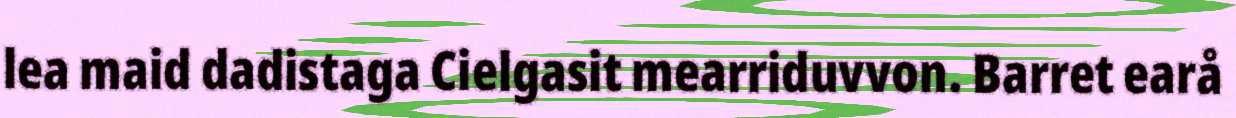
lea maid dadistaga Cielgasit mearriduvvon. Barret earå